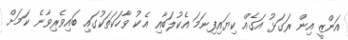
އަންޒީ އިން ރަގަޅު އަގެއް ކިޔައިފިނަމަ އެކުލަބާއި އެކު ވާހަކަތަކުގައި ބައިވެރިވާނެ ކަމަށް